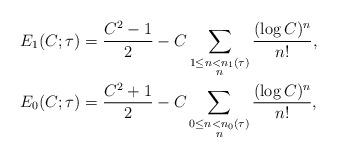
LaTeX: \begin{align*}E_1(C; \tau) & = \frac{C^2-1}{2} - C \sum_{\substack{ 1 \leq n < n_1(\tau) \\ n }} \frac{ (\log C)^{n }}{n!}, \\E_0(C; \tau) & = \frac{C^2+1}{2} - C \sum_{\substack{ 0 \leq n < n_0(\tau) \\ n }} \frac{ (\log C)^{n }}{n!},\end{align*}